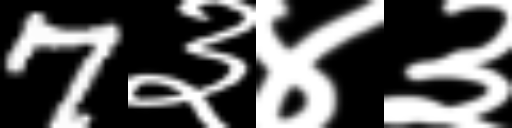
Text: 7३४३